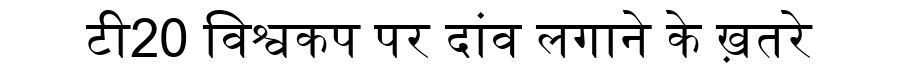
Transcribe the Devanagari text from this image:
टी20 विश्वकप पर दांव लगाने के ख़तरे